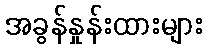
အခွန်နှုန်းထားများ